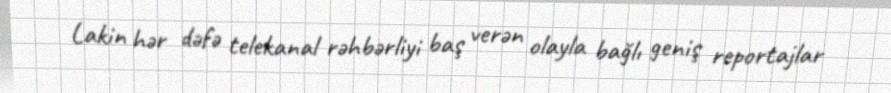
Lakin hər dəfə telekanal rəhbərliyi baş verən olayla bağlı geniş reportajlar